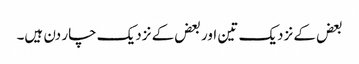
بعض کے نزدیک تین اور بعض کے نزدیک چار دن ہیں۔